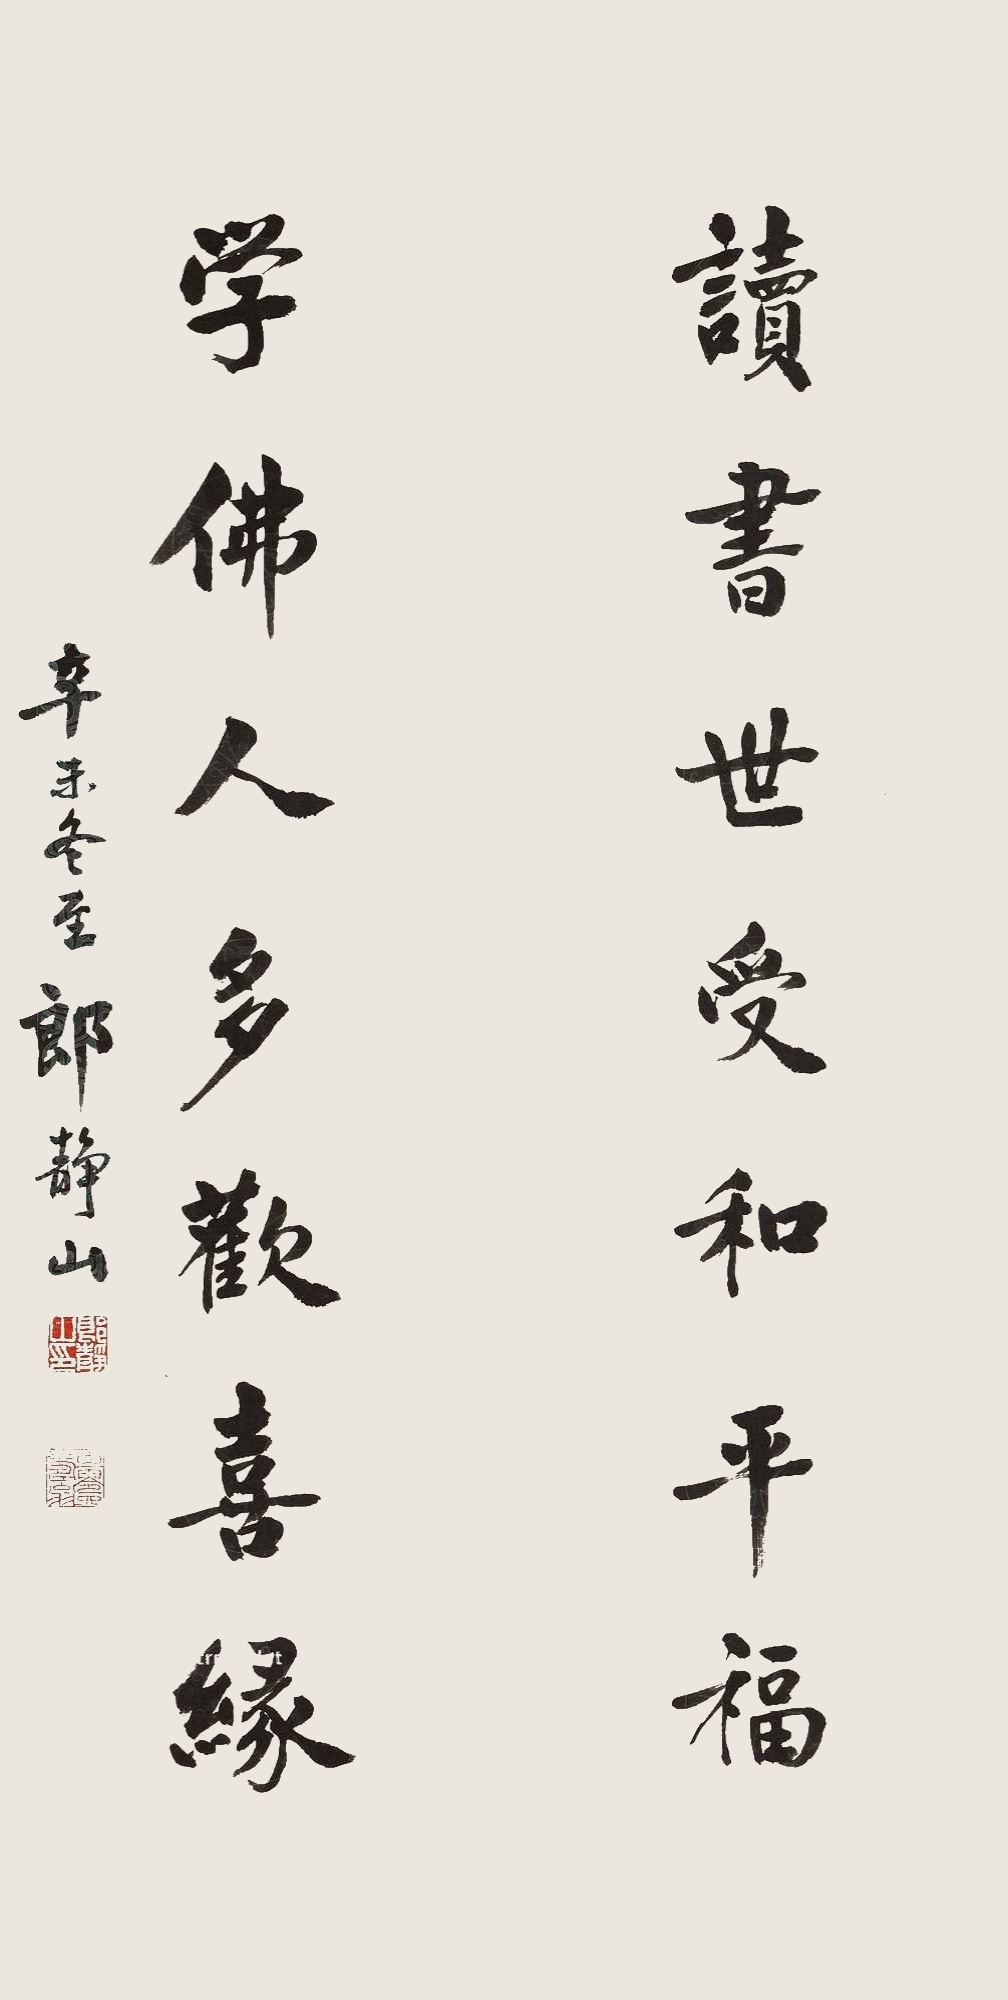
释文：读书世受和平福，学佛人多欢喜缘。辛未冬至，郎静山。